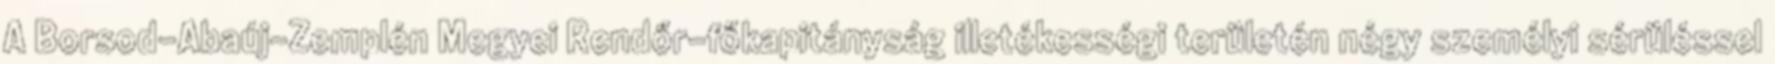
A Borsod-Abaúj-Zemplén Megyei Rendőr-főkapitányság illetékességi területén négy személyi sérüléssel